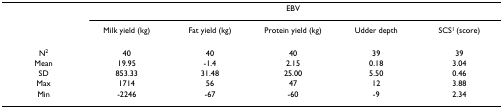
<table><thead><tr><td></td><td colspan="5"><b>EBV</b></td></tr><tr><td></td><td><b>Milk yield (kg)</b></td><td><b>Fat yield (kg)</b></td><td><b>Protein yield (kg)</b></td><td><b>Udder depth</b></td><td><b>SCS<sup>1 </sup>(score)</b></td></tr></thead><tbody><tr><td>N<sup>2</sup></td><td>40</td><td>40</td><td>40</td><td>39</td><td>39</td></tr><tr><td>Mean</td><td>19.95</td><td>-1.4</td><td>2.15</td><td>0.18</td><td>3.04</td></tr><tr><td>SD</td><td>853.33</td><td>31.48</td><td>25.00</td><td>5.50</td><td>0.46</td></tr><tr><td>Max</td><td>1714</td><td>56</td><td>47</td><td>12</td><td>3.88</td></tr><tr><td>Min</td><td>-2246</td><td>-67</td><td>-60</td><td>-9</td><td>2.34</td></tr></tbody></table>